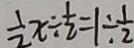
\frac { 1 } { 2 } x \div \frac { 1 } { 2 } = 1 \div \frac { 1 } { 2 }